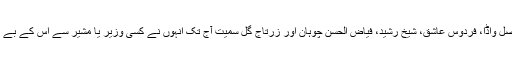
کیونکہ فواد چودھری، مراد سعید، فیصل واڈا، فردوس عاشق، شیخ رشید، فیاض الحسن چوہان اور زرتاج گل سمیت آج تک انہوں نے کسی وزیر یا مشیر سے اس کے بے تکے بیان پر وضاحت طلب نہیں کی۔